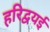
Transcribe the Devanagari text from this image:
हरिद्वयई